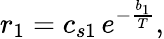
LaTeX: r_{1}=c_{s1}\, e^{-\frac{b_{1}}{T}},